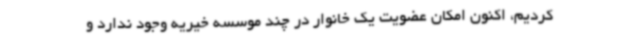
کردیم، اکنون امکان عضویت یک خانوار در چند موسسه خیریه وجود ندارد و